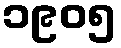
၁၉၀၅